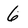
Character: 6